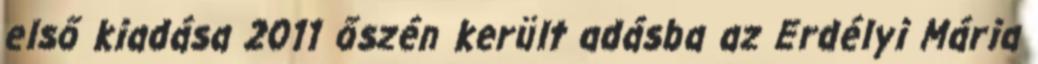
első kiadása 2011 őszén került adásba az Erdélyi Mária